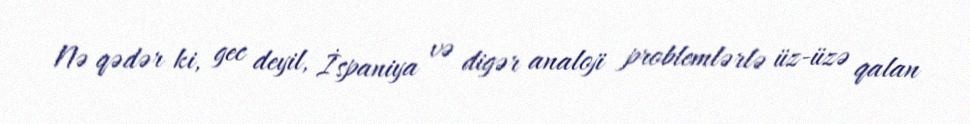
Nə qədər ki, gec deyil, İspaniya və digər analoji problemlərlə üz-üzə qalan